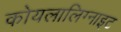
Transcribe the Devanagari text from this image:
कोयलालिग्नाइट